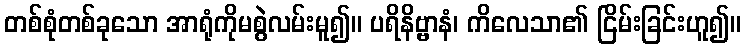
တစ်စုံတစ်ခုသော အာရုံကိုမစွဲလမ်းမူ၍။ ပရိနိဗ္ဗာနံ၊ ကိလေသာ၏ ငြိမ်းခြင်းဟူ၍။